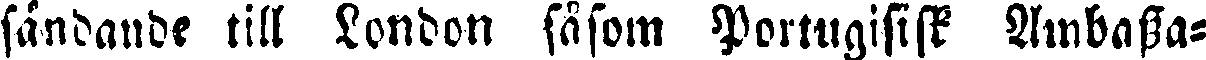
sändande till London såsom Portugisisk Ambassa-